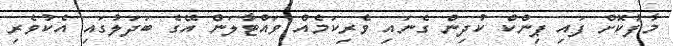
މާފުކޮށް ފައި ޕިންކް ކުދިން ގެނައި ވެރިކަމެއް ވައްޓާލަން އޭގެ ބަދަލުގައި އެކުވެެރި